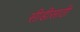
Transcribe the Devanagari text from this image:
सीडीसाठी